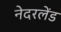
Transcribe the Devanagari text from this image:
नेदरलेंड